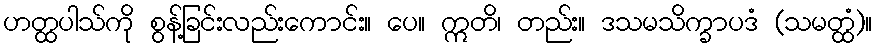
ဟတ္ထပါသ်ကို စွန့်ခြင်းလည်းကောင်း။ ပေ။ ဣတိ၊ တည်း။ ဒသမသိက္ခာပဒံ (သမတ္ထံ)။